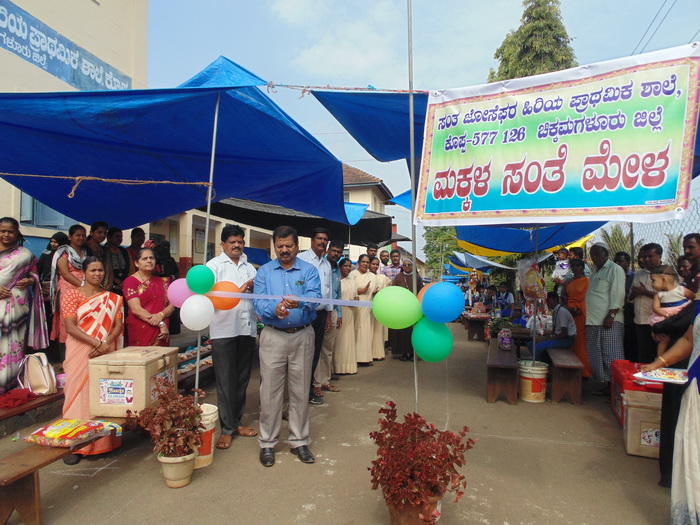
Language: kannada
Transcription: ಶಾಲೆ, ಜಿಲ್ಲೆ ಮಕ್ಕಳ ಮೇಳ ಸಂತೆ ಹಿರಿಯ ಚಿಕ್ಕಮಗಳೂರು